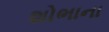
શોભાના